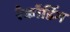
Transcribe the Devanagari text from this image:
रेकॉडिंग